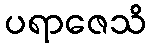
ပရာဇေသိ